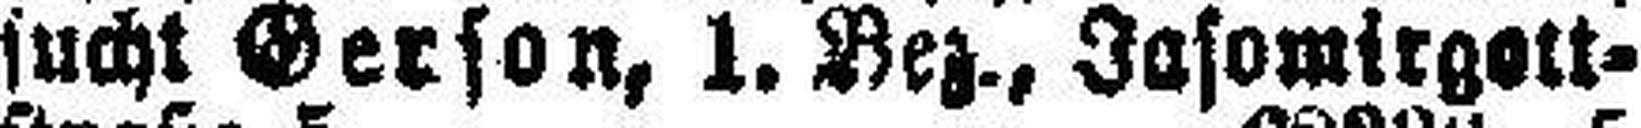
sucht Gerson, 1. Bez., Jasomirgott¬